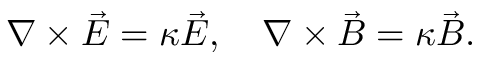
\nabla \times \vec { E } = \kappa \vec { E } , \quad \nabla \times \vec { B } = \kappa \vec { B } .